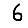
Digit: 6